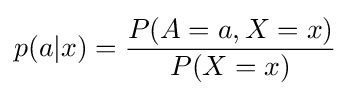
p(a|x)={\frac {P(A=a,X=x)}{P(X=x)}}